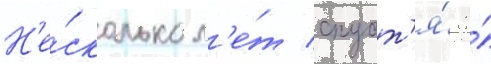
Н'е́сколько л'е́т спуст'я́ я́